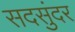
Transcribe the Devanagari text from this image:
सदसुंदर